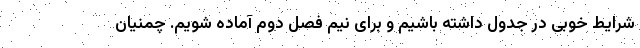
شرایط خوبی در جدول داشته باشیم و برای نیم فصل دوم آماده شویم. چمنیان